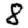
Digit: 8